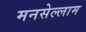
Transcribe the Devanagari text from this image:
मनसेल्लाम